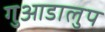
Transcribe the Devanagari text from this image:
गुआडालुप